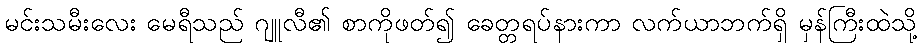
မင်းသမီးလေး မေရီသည် ဂျူလီ၏ စာကိုဖတ်၍ ခေတ္တရပ်နားကာ လက်ယာဘက်ရှိ မှန်ကြီးထဲသို့